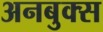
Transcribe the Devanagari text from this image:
अनबुक्स